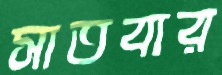
সাতবার